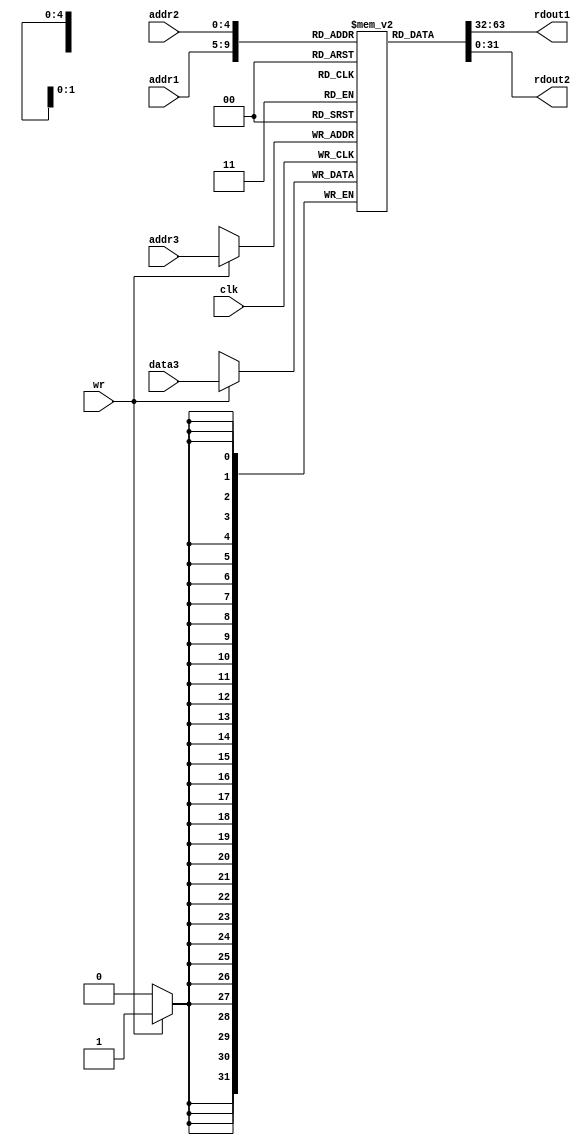
module reg_file(wr,addr1,addr2,rdout1,rdout2,addr3,data3,clk);

	//input wr;  	//A signal that decides whether we write into file (if 1 -> write)
	input [4:0] addr1, addr2;
	input wr,clk;
	output [31:0] rdout1;	//In case of read, the value of the first register
	output [31:0] rdout2;	//In case of read, the value of the second register
	input [4:0] addr3;	//In case of write, the address of the register in which to write
	input [31:0] data3;	//In case of write, the value to be written

	reg [31:0] mem_reg [31:0];

	initial begin
		mem_reg[0] = 32'b00000000000000000000000000000000; //zero		//Register File initialized with random values
        	mem_reg[1] = 32'b00000000000000000000000000000001; //assembler temp 1
        	mem_reg[2] = 32'b00000000000000000000000000001000; //v0 8
        	mem_reg[3] = 32'b00000000000000000000000000000110; //v1
       		mem_reg[4] = 32'b00000000000000000000000000100000; //a0
        	mem_reg[5] = 32'b00000000000000000000000000100000; //a1
        	mem_reg[6] = 32'b00000000000000000000000000000001; //a2
        	mem_reg[7] = 32'b00000000000000000000001000000000; //a3
        	mem_reg[8] = 32'b00000000000000000000000010000000; //t0
        	mem_reg[9] = 32'b00000000000001000000000000000000; //t1
        	mem_reg[10] = 32'b00000000000000000000000000000001; //t2
        	mem_reg[11] = 32'b00000000000000000000000100000000; //t3
        	mem_reg[12] = 32'b00000000000000000000000000010010; //t4
        	mem_reg[13] = 32'b00000000000000000000000010100000; //t5
        	mem_reg[14] = 32'b00000000000000000000000000111000; //t6
        	mem_reg[15] = 32'b00000000000000000000011001000000; //t7
        	mem_reg[16] = 32'b00000000000000000000000000100000; //s0
        	mem_reg[17] = 32'b00000000000000000000000000010000; //s1
        	mem_reg[18] = 32'b00000000000000000000000010100000; //s2
        	mem_reg[19] = 32'b00000000000000000000000001000000; //s3
        	mem_reg[20] = 32'b00000000000000000000000101000000; //s4
        	mem_reg[21] = 32'b00000000000000000010000000000000; //s5
        	mem_reg[22] = 32'b00000000000000000001000000000000; //s6
        	mem_reg[23] = 32'b00000000000000000000100000000000; //s7
        	mem_reg[24] = 32'b00000000000000001000000100000000; //t8
        	mem_reg[25] = 32'b00000000000000001100100000000000; //t9
        	mem_reg[26] = 32'b00000000000000000000000100000000; //k0 kernel use regs
        	mem_reg[27] = 32'b00000000000000000100100000000000; //k1 kernel use regs
        	mem_reg[28] = 32'b00000000000000000000100001000000; //gp global pointer
        	mem_reg[29] = 32'b00000000000000000000000100010000; //sp stack pointer
        	mem_reg[30] = 32'b00000000000010100010000000000000; //fp/s8 stack frame pointer or subroutine variable
        	mem_reg[31] = 32'b00000000000000010000100101100000; //ra

	end

	always @(negedge clk) begin
		if(wr == 1) begin
			mem_reg[addr3] = data3;
		end
	end	
	//always @(negedge clk) begin
		// rdout1 = mem_reg[addr1];
		// rdout2 = mem_reg[addr2];
		assign rdout1 = mem_reg[addr1];
		assign rdout2 = mem_reg[addr2];
	//end


endmodule